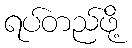
ရပ်တည်ဖို့